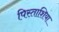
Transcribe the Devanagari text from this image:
पिस्ताशिया